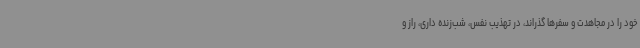
خود را در مجاهدت و سفرها گذراند، در تهذیب نفس، شب‌زنده داری، راز و